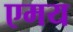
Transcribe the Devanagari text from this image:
एमय